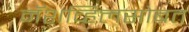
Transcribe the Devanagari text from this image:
नॅशव्हिलसोबत